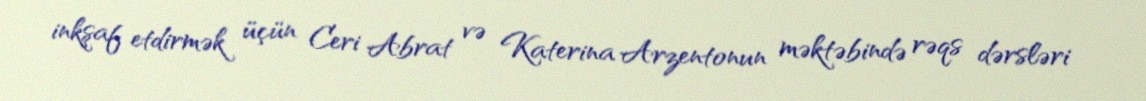
inkşaf etdirmək üçün Ceri Abrat və Katerina Arzentonun məktəbində rəqs dərsləri